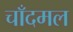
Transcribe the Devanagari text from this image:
चाँदमल